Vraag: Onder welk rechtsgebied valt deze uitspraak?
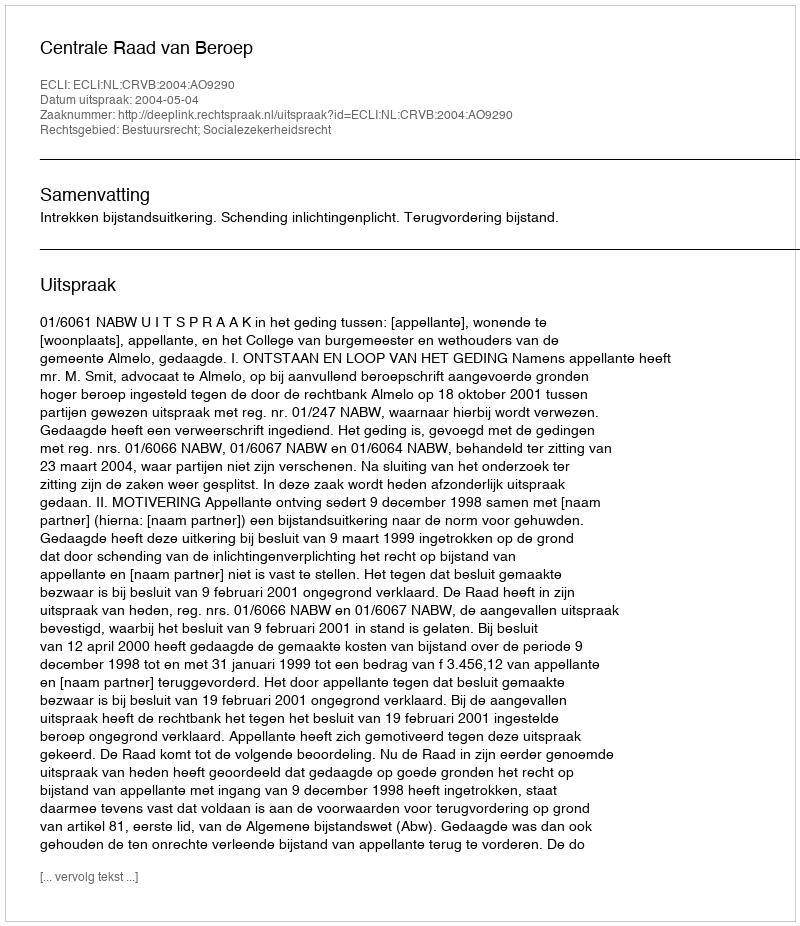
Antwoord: Bestuursrecht; Socialezekerheidsrecht